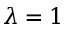
\lambda = 1